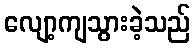
လျော့ကျသွားခဲ့သည်